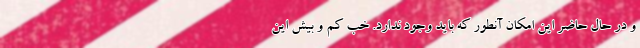
و در حال حاضر این امکان آنطور که باید وجود ندارد. خب کم و بیش این